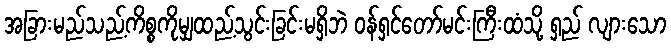
အခြားမည်သည့်ကိစ္စကိုမျှထည့်သွင်းခြင်းမရှိဘဲ ဝန်ရှင်တော်မင်းကြီးထံသို့ ရှည် လျားသော